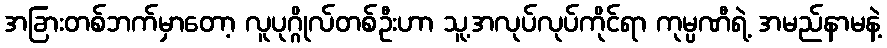
အခြားတစ်ဘက်မှာတော့ လူပုဂ္ဂိုလ်တစ်ဦးဟာ သူ့အလုပ်လုပ်ကိုင်ရာ ကုမ္ပဏီရဲ့ အမည်နာမနဲ့